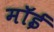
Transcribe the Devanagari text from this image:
मॉई